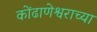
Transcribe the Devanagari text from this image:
कोंढाणेश्वराच्या